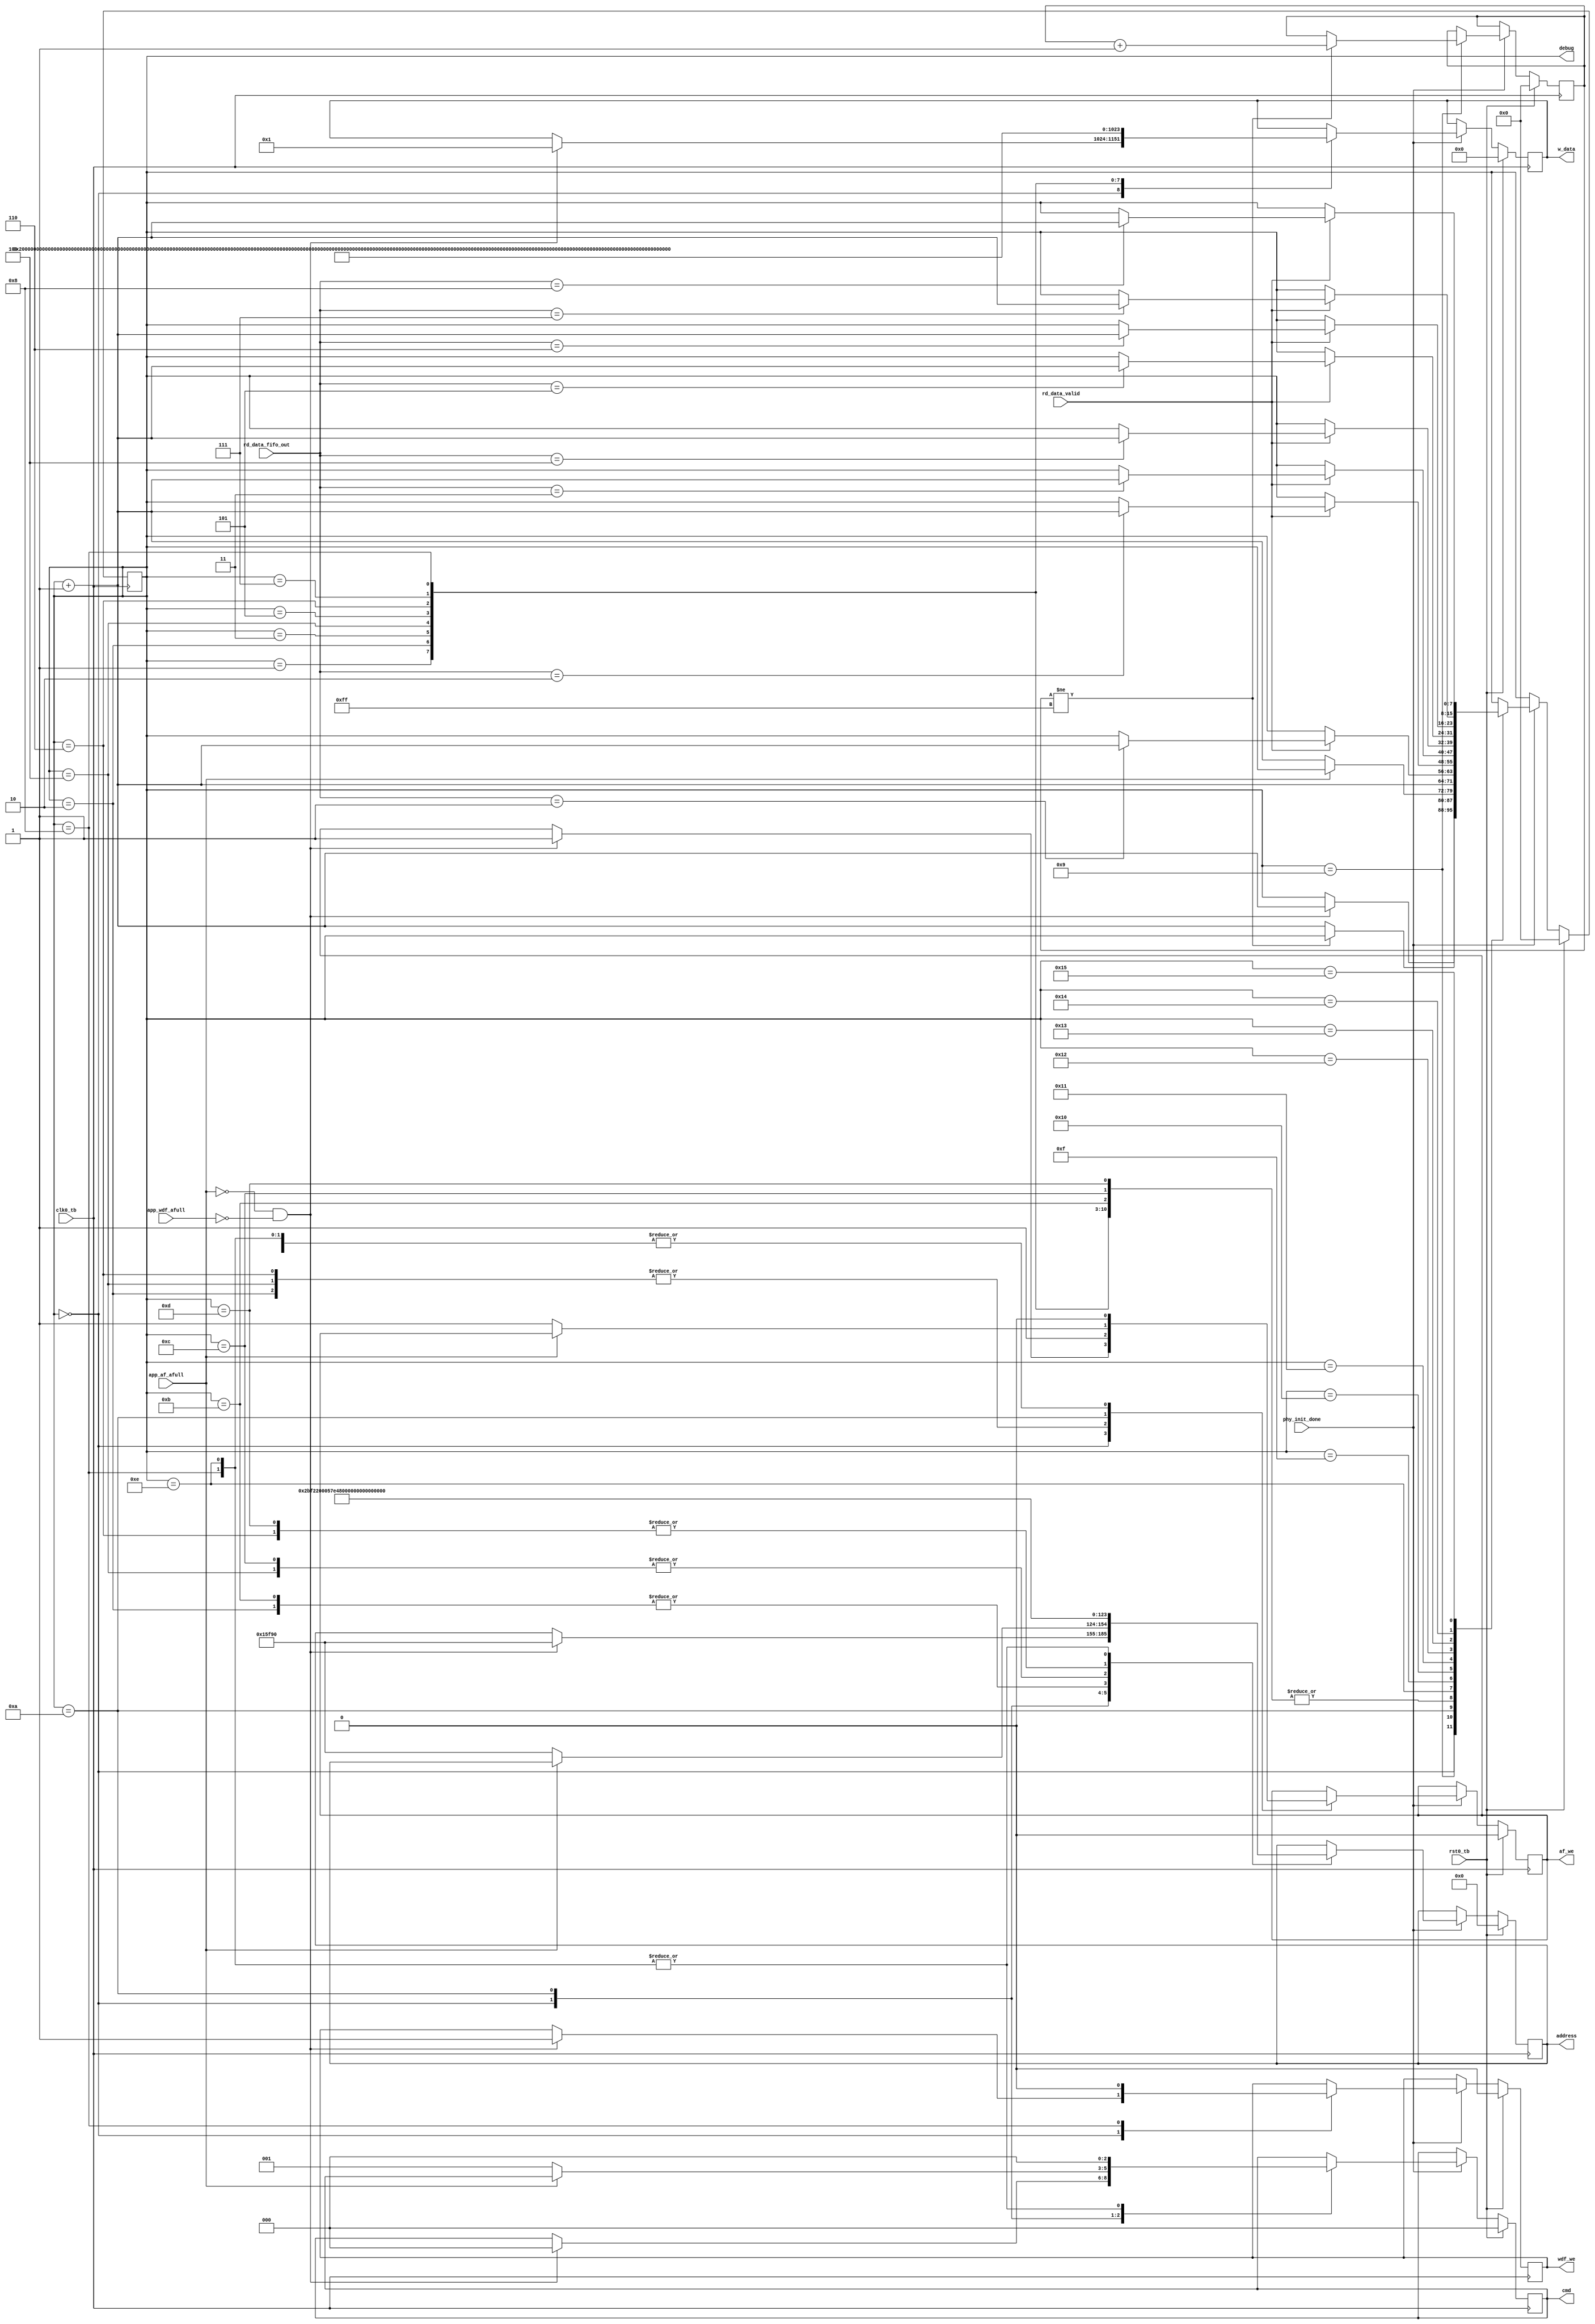
`timescale 1ns / 1ps
//////////////////////////////////////////////////////////////////////////////////
// Company: 
// Engineer: 
// 
// Design Name: 
// Module Name:    ram_ui 
// Project Name: 
// Target Devices: 
// Tool versions: 
// Description: 
//
// Dependencies: 
//
// Revision: 
// Revision 0.01 - File Created
// Additional Comments: 
//
//////////////////////////////////////////////////////////////////////////////////
module ram_ui(

	input wire clk0_tb,
	input wire rst0_tb,
	
	input wire phy_init_done,
	input wire app_af_afull,
	input wire app_wdf_afull,
	input wire rd_data_valid,
	input wire [127:0] rd_data_fifo_out,
	
	output reg [2:0] cmd,
	output reg [30:0] address,
	output reg af_we,
	output reg wdf_we,
	output reg [127:0] w_data,
	output wire [7:0] debug

);

reg [7:0] state = 0;
assign debug = state;
reg [7:0] delay = 0;

always @(posedge clk0_tb) begin

	if (rst0_tb) begin
		cmd <= 0;
		address <= 0;
		af_we <= 0;
		wdf_we <= 0;
		w_data <= 0;
		state <= 0;
		delay <= 0;
	end
	else if (phy_init_done) begin
	
		case(state)
			0: if ( (!app_af_afull) & (!app_wdf_afull) ) begin
					cmd <= 3'b000;
					address <= 31'd90000;
					af_we <= 1;
					wdf_we <= 1;
					w_data <= 128'd1;
					state <= state + 1;
				end
			1: begin
					af_we <= 0;
					w_data <= 128'd2;
					state <= state + 1;
				end
			2: begin
					address <= 31'd90001;
					af_we <= 1;
					w_data <= 128'd3;
					state <= state + 1;
				end
			3: begin
					af_we <= 0;
					w_data <= 128'd4;
					state <= state + 1;
				end
			4: begin
					address <= 31'd90002;
					af_we <= 1;
					w_data <= 128'd5;
					state <= state + 1;
				end
			5: begin
					af_we <= 0;
					w_data <= 128'd6;
					state <= state + 1;
				end
			6: begin
					address <= 31'd90003;
					af_we <= 1;
					w_data <= 128'd7;
					state <= state + 1;
				end
			7: begin
					af_we <= 0;
					w_data <= 128'd8;
					state <= state + 1;
				end
			8: begin
					cmd <= 0;
					address <= 0;
					af_we <= 0;
					wdf_we <= 0;
					w_data <= 0;
					state <= state + 1;
				end
			9: if (delay != 8'b11111111) begin
					delay <= delay + 1;
				end
				else state <= state + 1;
			10: if (!app_af_afull) begin
					cmd <= 3'b001;
					address <= 31'd90000;
					af_we <= 1;
					state <= state + 1;
				end
			11: begin
					address <= 31'd90001;
					state <= state + 1;
				end
			12: begin
					address <= 31'd90002;
					state <= state + 1;
				end
			13: begin
					address <= 31'd90003;
					state <= state + 1;
				end
			14: begin
					cmd <= 0;
					address <= 0;
					af_we <= 0;
					if (rd_data_valid) begin
						if (rd_data_fifo_out == 128'd1) state <= state + 1;
					end
				end
			15: if (rd_data_valid) begin
					if (rd_data_fifo_out == 128'd2) state <= state + 1;
				end
			16: if (rd_data_valid) begin
					if (rd_data_fifo_out == 128'd3) state <= state + 1;
				end
			17: if (rd_data_valid) begin
					if (rd_data_fifo_out == 128'd4) state <= state + 1;
				end
			18: if (rd_data_valid) begin
					if (rd_data_fifo_out == 128'd5) state <= state + 1;
				end
			19: if (rd_data_valid) begin
					if (rd_data_fifo_out == 128'd6) state <= state + 1;
				end
			20: if (rd_data_valid) begin
					if (rd_data_fifo_out == 128'd7) state <= state + 1;
				end
			21: if (rd_data_valid) begin
					if (rd_data_fifo_out == 128'd8) state <= state + 1;
				end
		endcase
	
	end

end

endmodule